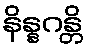
နိန္နဂန္တိ